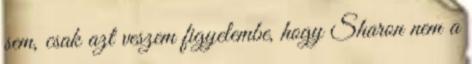
sem, csak azt veszem figyelembe, hogy Sharon nem a